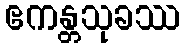
ဧကန္တသုခဿ